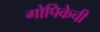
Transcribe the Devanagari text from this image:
गोपिकेची